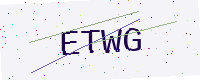
Text: ETWG